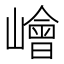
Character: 𡼾